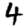
Digit: 4